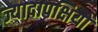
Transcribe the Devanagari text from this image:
ज्यादापक्षियों